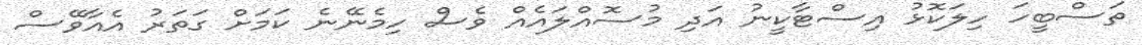
ތަސްބީހަ ހިލަކޮޅު އިސްޓާކީނު އަދި މުސޮއްލައެއް ވެސް ހިމެނޭނެ ކަމަށް ގަތަރު އެއާވޭސް